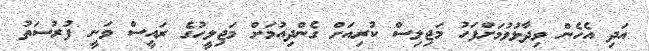
އަދި އެހެން ވިދާޅުވުމަށްފަހު މަޖިލިސް ކުރިއަށް ގެންދިއުމަށް މަޖިލީހުގެ ރައީސް ވަނީ ފުރުސަތު